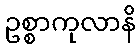
ဥစ္စာကုလာနိ